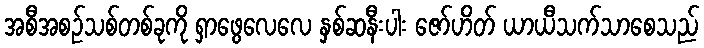
အစီအစဉ်သစ်တစ်ခုကို ရှာဖွေလေလေ နှစ်ဆနီးပါး ဇော်ဟိတ် ယာယီသက်သာစေသည်